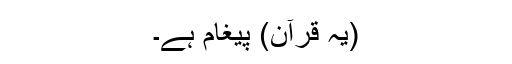
(یہ قرآن) پیغام ہے۔